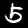
Label: 5